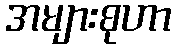
အများစုဟာ